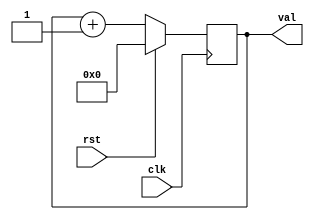
`timescale 1ns/1ns

module inc_gen(val, clk, rst);

    parameter DATAWIDTH = 32;
    
    input clk;
    input rst;
    
    output reg signed [DATAWIDTH-1:0] val;
    
    always @(posedge clk) begin
        if (rst == 1)
            val <= 0;
        else
            val <= val + 1'b1;
    end
    
endmodule